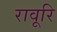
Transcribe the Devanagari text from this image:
रावूरि